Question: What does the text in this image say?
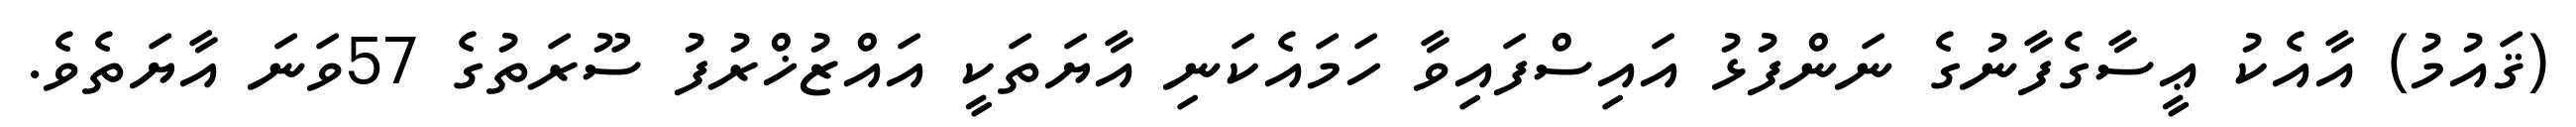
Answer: (ޤައުމު) އާއެކު ޢީސާގެފާނުގެ ނަންފުޅު އައިސްފައިވާ ހަމައެކަނި އާޔަތަކީ އައްޒުޚްރުފު ސޫރަތުގެ 57ވަނަ އާޔަތެވެ.